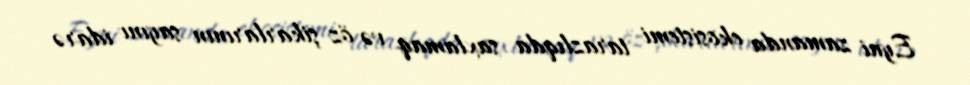
Eyni zamanda ekosistemi tarazlıqda saxlamaq və öz şikarlarının sayını idarə